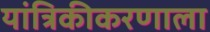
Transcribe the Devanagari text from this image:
यांत्रिकीकरणाला